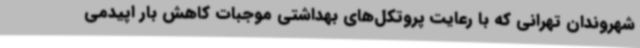
شهروندان تهرانی که با رعایت پروتکل‌های بهداشتی موجبات کاهش بار اپیدمی